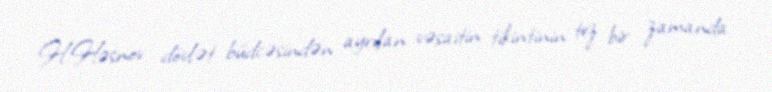
H.Həsnov dövlət büdcəsindən ayrılan vəsaitin tikintinin tez bir zamanda